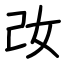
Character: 妀